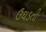
ઉઘડતી